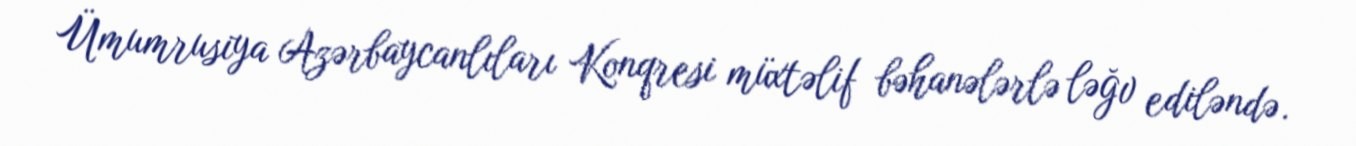
Ümumrusiya Azərbaycanlıları Konqresi müxtəlif bəhanələrlə ləğv ediləndə.